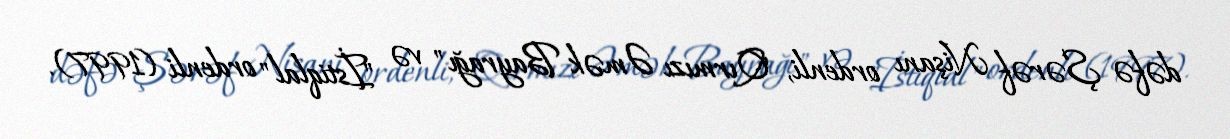
dəfə Şərəf Nişanı ordenli, "Qırmızı Əmək Bayrağı" və "İstiqlal" ordenli (1997).